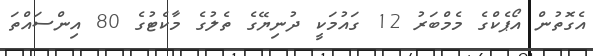
އެގޮތުން އޯޕެކްގެ މެމްބަރު 12 ގައުމަކީ ދުނިޔޭގެ ތެލުގެ މާކެޓުގެ 80 އިންސައްތަ